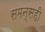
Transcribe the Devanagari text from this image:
समन्सही